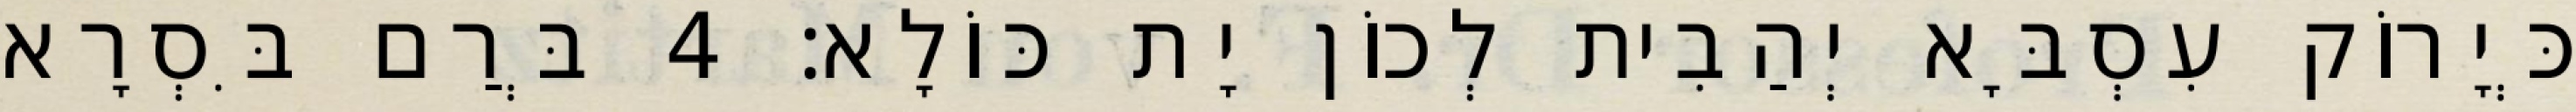
כְּיָרוֹק עִסְבָּא יְהַבִית לְכוֹן יָת כּוֹלָא׃ 4 בְּרַם בִּסְרָא